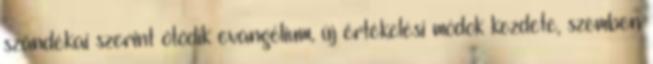
szándékai szerint ötödik evangélium, új értékelési módok kezdete, szemben